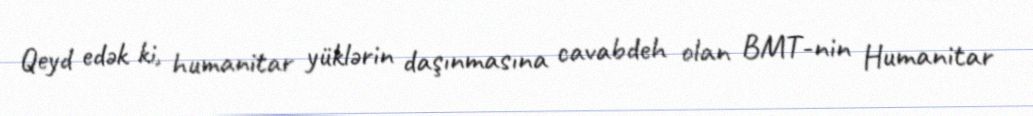
Qeyd edək ki, humanitar yüklərin daşınmasına cavabdeh olan BMT-nin Humanitar